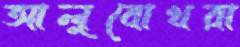
আলুবোখরা